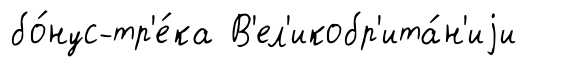
бо́нус-тр'е́ка В'ел'икобр'ита́н'иjи